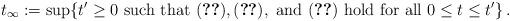
LaTeX: \begin{align*}t_\infty:=\sup\{ t'\ge 0 \mbox{ such that } \eqref{keyb}, \eqref{keyb3}, \mbox{ and } \eqref{keyb2} \mbox{ hold for all } 0\le t\le t'\} \, .\end{align*}